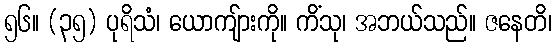
၅၆။ (၃၅) ပုရိသံ၊ ယောကျ်ားကို။ ကိံသု၊ အဘယ်သည်။ ဇနေတိ၊